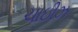
ચાઇીઝ